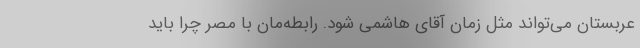
عربستان می‌تواند مثل زمان آقای هاشمی شود. رابطه‌مان با مصر چرا باید